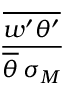
\frac { \overline { { w ^ { \prime } \theta ^ { \prime } } } } { \overline { { \theta } } \, \sigma _ { M } }